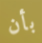
بأن